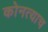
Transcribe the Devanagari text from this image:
कोनत्याच